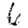
Digit: 6